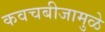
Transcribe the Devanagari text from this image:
कवचबीजामुळे